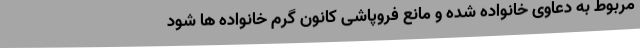
مربوط به دعاوی خانواده شده و مانع فروپاشی کانون گرم خانواده ها شود